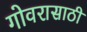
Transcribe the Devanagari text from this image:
गोवरासाठी